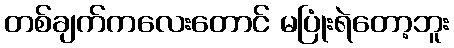
တစ်ချက်ကလေးတောင် မပြုံးရဲတော့ဘူး